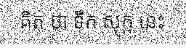
គិត ថា ទឹក សុក្ក នេះ